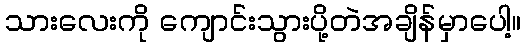
သားလေးကို ကျောင်းသွားပို့တဲအချိန်မှာပေါ့။